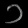
Digit: ၁